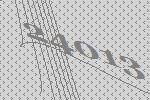
24013